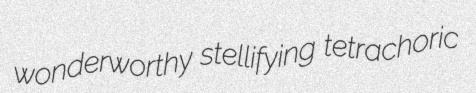
wonderworthy stellifying tetrachoric